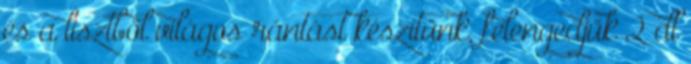
és a lisztből világos rántást készítünk, felengedjük 2 dl